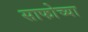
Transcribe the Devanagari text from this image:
साफोच्या